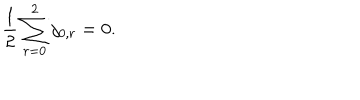
{ \frac { 1 } { 2 } } \sum _ { r = 0 } ^ { 2 } j _ { 0 , r } = 0 .